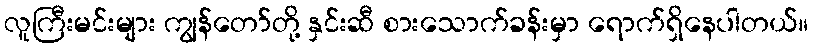
လူကြီးမင်းများ ကျွန်တော်တို့ နှင်းဆီ စားသောက်ခန်းမှာ ရောက်ရှိနေပါတယ်။